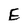
Character: E